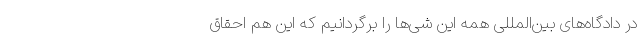
در دادگاه‌های بین‌المللی همه این شی‌ها را برگردانیم که این هم احقاق